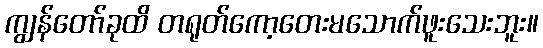
ကျွန်တော်ခုထိ တရုတ်ကော့တေးမသောက်ဖူးသေးဘူး။